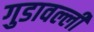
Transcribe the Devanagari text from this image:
गुडावल्ली